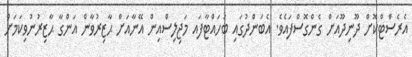
އެރެސްޓްކޮށް ދޫނިދޫއަށް ގެންގޮސްފައެވެ. އެބަންދުގައި ބަހައްޓާފައ މަޖިލިސްއިން އޭނާއަށް ޙާޒިރުވާން އަންގާ ޙާޒިރުނުވިކަމަށް